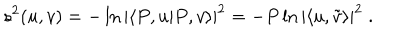
s ^ { 2 } ( u , v ) = - \ln | \langle P , u | P , v \rangle | ^ { 2 } = - P \ln | \langle u , \tilde { v } \rangle | ^ { 2 } \; .